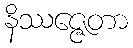
နိဿဇ္ဇေတာ